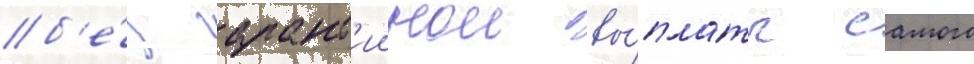
б'е́з гарант'иинои вы́платы самого